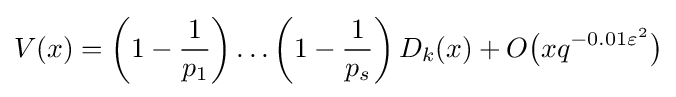
V(x)=\left(1-{\frac {1}{p_{1}}}\right)\ldots \left(1-{\frac {1}{p_{s}}}\right)D_{k}(x)+O{\bigl (}xq^{-0.01\varepsilon ^{2}}{\bigr )}